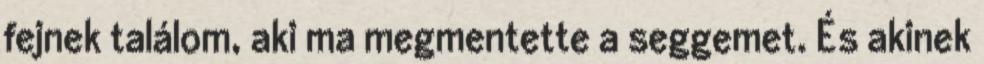
fejnek találom, aki ma megmentette a seggemet. És akinek